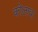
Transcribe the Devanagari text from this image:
कोलावा